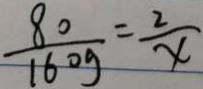
\frac { 8 0 } { 1 6 0 g } = \frac { 2 } { x }